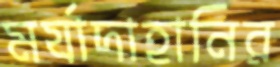
মর্যাদাহানির